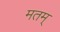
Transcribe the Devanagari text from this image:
मतम्